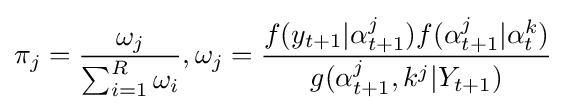
\pi _{j}={\frac {\omega _{j}}{\sum _{i=1}^{R}\omega _{i}}},\omega _{j}={\frac {f(y_{t+1}|\alpha _{t+1}^{j})f(\alpha _{t+1}^{j}|\alpha _{t}^{k})}{g(\alpha _{t+1}^{j},k^{j}|Y_{t+1})}}